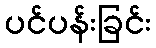
ပင်ပန်းခြင်း